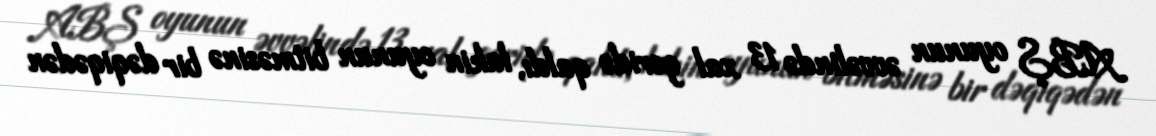
ABŞ oyunun əvvəlində 13 xal geridə qaldı, lakin oyunun bitməsinə bir dəqiqədən